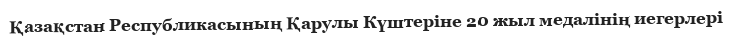
Қазақстан Республикасының Қарулы Күштеріне 20 жыл медалінің иегерлері